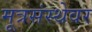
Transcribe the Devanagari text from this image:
मूत्रसंस्थेवर